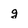
Character: g